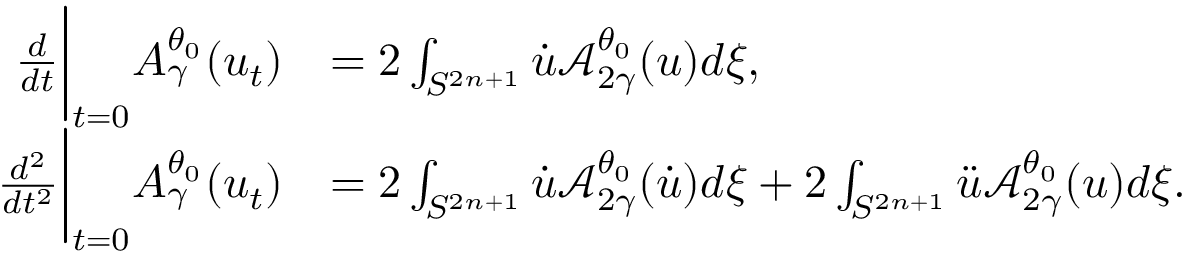
\begin{array} { r l } { \frac { d } { d t } \bigg | _ { t = 0 } A _ { \gamma } ^ { \theta _ { 0 } } ( u _ { t } ) } & { = 2 \int _ { S ^ { 2 n + 1 } } \dot { u } \mathcal { A } _ { 2 \gamma } ^ { \theta _ { 0 } } ( u ) d \xi , } \\ { \frac { d ^ { 2 } } { d t ^ { 2 } } \bigg | _ { t = 0 } A _ { \gamma } ^ { \theta _ { 0 } } ( u _ { t } ) } & { = 2 \int _ { S ^ { 2 n + 1 } } \dot { u } \mathcal { A } _ { 2 \gamma } ^ { \theta _ { 0 } } ( \dot { u } ) d \xi + 2 \int _ { S ^ { 2 n + 1 } } \ddot { u } \mathcal { A } _ { 2 \gamma } ^ { \theta _ { 0 } } ( u ) d \xi . } \end{array}